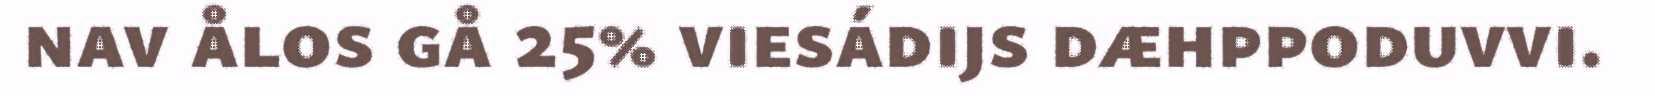
nav ålos gå 25% viesádijs dæhppoduvvi.